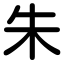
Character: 朱